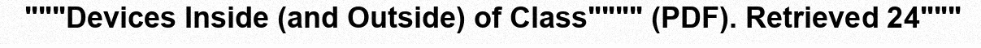
"""Devices Inside (and Outside) of Class"""" (PDF). Retrieved 24"""